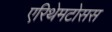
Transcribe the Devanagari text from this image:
एरिथेमटोसस